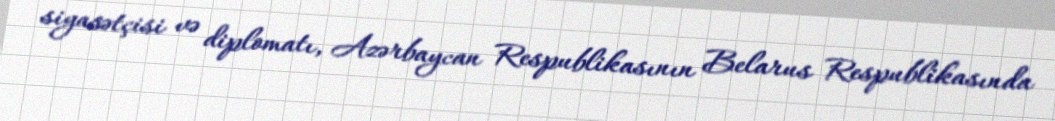
siyasətçisi və diplomatı, Azərbaycan Respublikasının Belarus Respublikasında